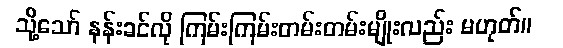
သို့သော် နန်းခင်လို ကြမ်းကြမ်းတမ်းတမ်းမျိုးလည်း မဟုတ်။